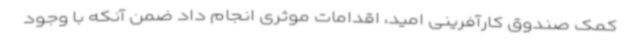
کمک صندوق کارآفرینی امید، اقدامات موثری انجام داد ضمن آنکه با وجود